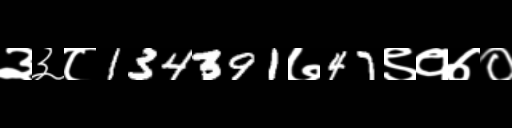
Text: ३३८134391७47९१७०